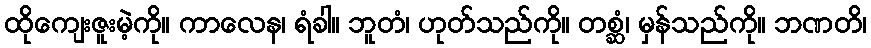
ထိုကျေးဇူးမဲ့ကို။ ကာလေန၊ ရံခါ။ ဘူတံ၊ ဟုတ်သည်ကို။ တစ္ဆံ၊ မှန်သည်ကို။ ဘဏတိ၊